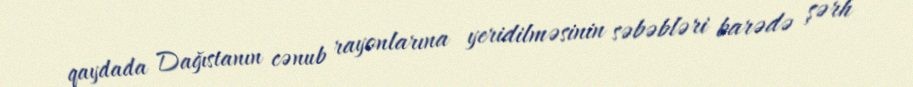
qaydada Dağıstanın cənub rayonlarına yeridilməsinin səbəbləri barədə şərh